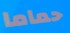
حماما